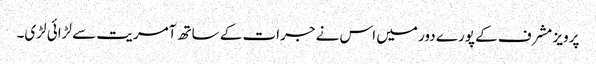
پرویز مشرف کے پورے دور میں اس نے جرات کے ساتھ آمریت سے لڑائی لڑی۔